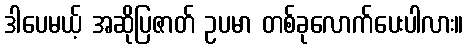
ဒါပေမယ့် အဆိုပြဇာတ် ဥပမာ တစ်ခုလောက်ပေးပါလား။